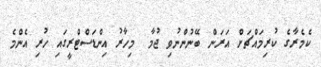
ކެމެރާގެ ކުރިމައްޗަށް އަރަން ބޭނުންނުވި ޖުމާ  މިހާރު އިންޑަސްޓްރީގައި ހުރި އެންމެ